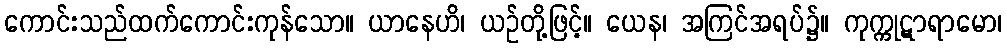
ကောင်းသည်ထက်ကောင်းကုန်သော။ ယာနေဟိ၊ ယဉ်တို့ဖြင့်။ ယေန၊ အကြင်အရပ်၌။ ကုက္ကုဋာရာမော၊